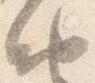
納